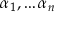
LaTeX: \alpha _ { 1 } , \ldots \alpha _ { n }